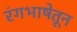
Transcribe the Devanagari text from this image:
रंगभाषेतून